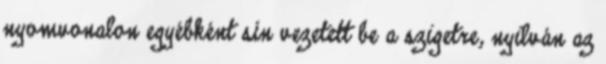
nyomvonalon egyébként sín vezetett be a szigetre, nyilván az